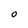
Character: O